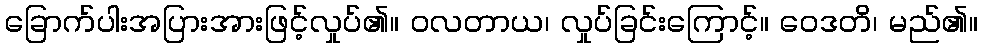
ခြောက်ပါးအပြားအားဖြင့်လှုပ်၏။ ဝလတာယ၊ လှုပ်ခြင်းကြောင့်။ ဝေဒတိ၊ မည်၏။